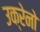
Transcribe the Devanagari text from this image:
उक्रेनो